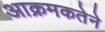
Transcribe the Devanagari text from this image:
आक्रमकतेने